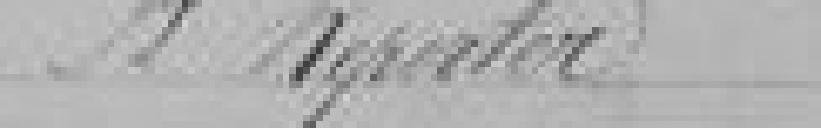
A reporter